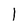
Character: l